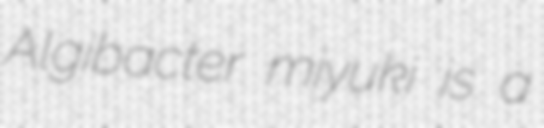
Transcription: Algibacter miyuki is a